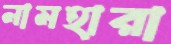
নামহারা